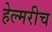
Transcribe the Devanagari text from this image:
हेल्मरीच